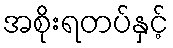
အစိုးရတပ်နှင့်